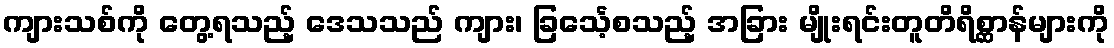
ကျားသစ်ကို တွေ့ရသည့် ဒေသသည် ကျား၊ ခြင်္သေ့စသည့် အခြား မျိုးရင်းတူတိရိစ္ဆာန်များကို